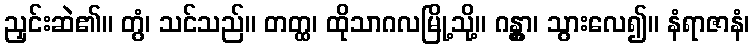
ညှင်းဆဲ၏။ တွံ၊ သင်သည်။ တတ္ထ၊ ထိုသာဂလမြို့သို့။ ဂန္တွာ၊ သွားလေ၍။ နံရာဇာနံ၊